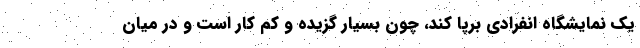
یک نمایشگاه انفرادی برپا کند، چون بسیار گزیده و کم کار است و در میان